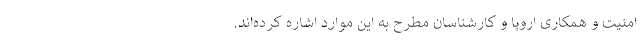
امنیت و همکاری اروپا و کارشناسان مطرح به این موارد اشاره کرده‌اند.